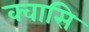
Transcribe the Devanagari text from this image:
क्वासि